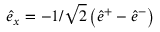
\hat { e } _ { x } = - 1 / \sqrt { 2 } \left( \hat { e } ^ { + } - \hat { e } ^ { - } \right)